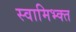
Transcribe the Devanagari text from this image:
स्वामिभ्क्त